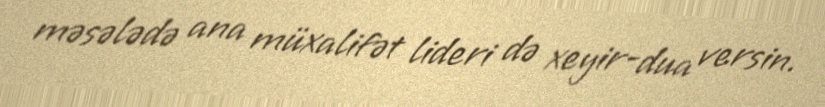
məsələdə ana müxalifət lideri də xeyir-dua versin.